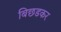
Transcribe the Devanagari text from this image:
बिछडकर